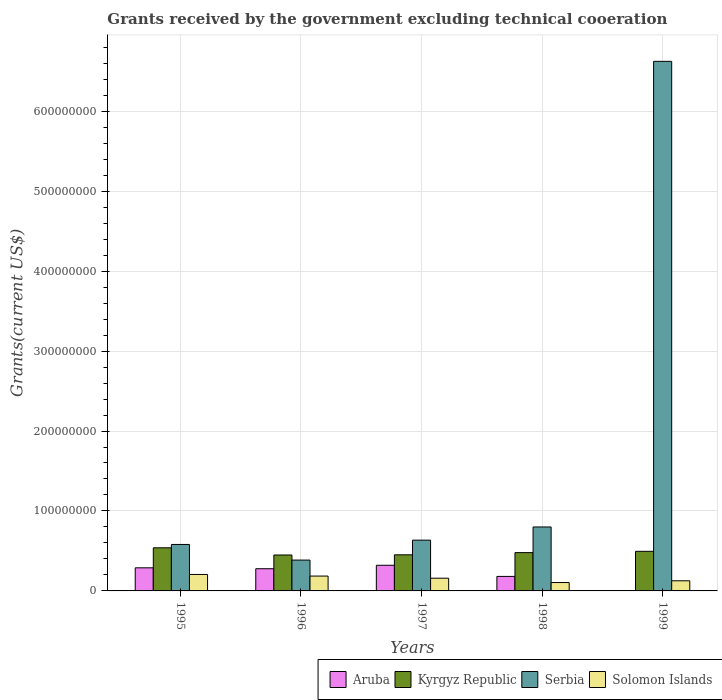
| Years | Aruba | Kyrgyz Republic | Serbia | Solomon Islands |
 | --- | --- | --- | --- | --- |
 | 1995 | 2.89e+07 | 5.39e+07 | 5.81e+07 | 2.06e+07 |
 | 1996 | 2.78e+07 | 4.49e+07 | 3.86e+07 | 1.86e+07 |
 | 1997 | 3.21e+07 | 4.52e+07 | 6.35e+07 | 1.59e+07 |
 | 1998 | 1.81e+07 | 4.79e+07 | 8e+07 | 1.05e+07 |
 | 1999 | 4e+04 | 4.95e+07 | 6.62e+08 | 1.27e+07 |